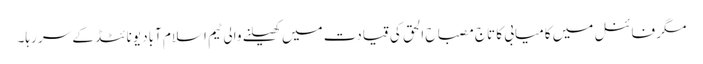
مگر فائنل میں کامیابی کا تاج مصباح الحق کی قیادت میں کھیلنے والی ٹیم اسلام آباد یونائٹڈ کے سر رہا۔